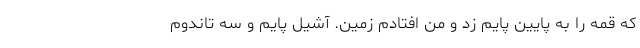
که قمه را به پایین پایم زد و من افتادم زمین. آشیل پایم و سه تاندوم